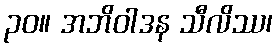
၃၀။ အဘိဝါဒန သီလိဿ၊